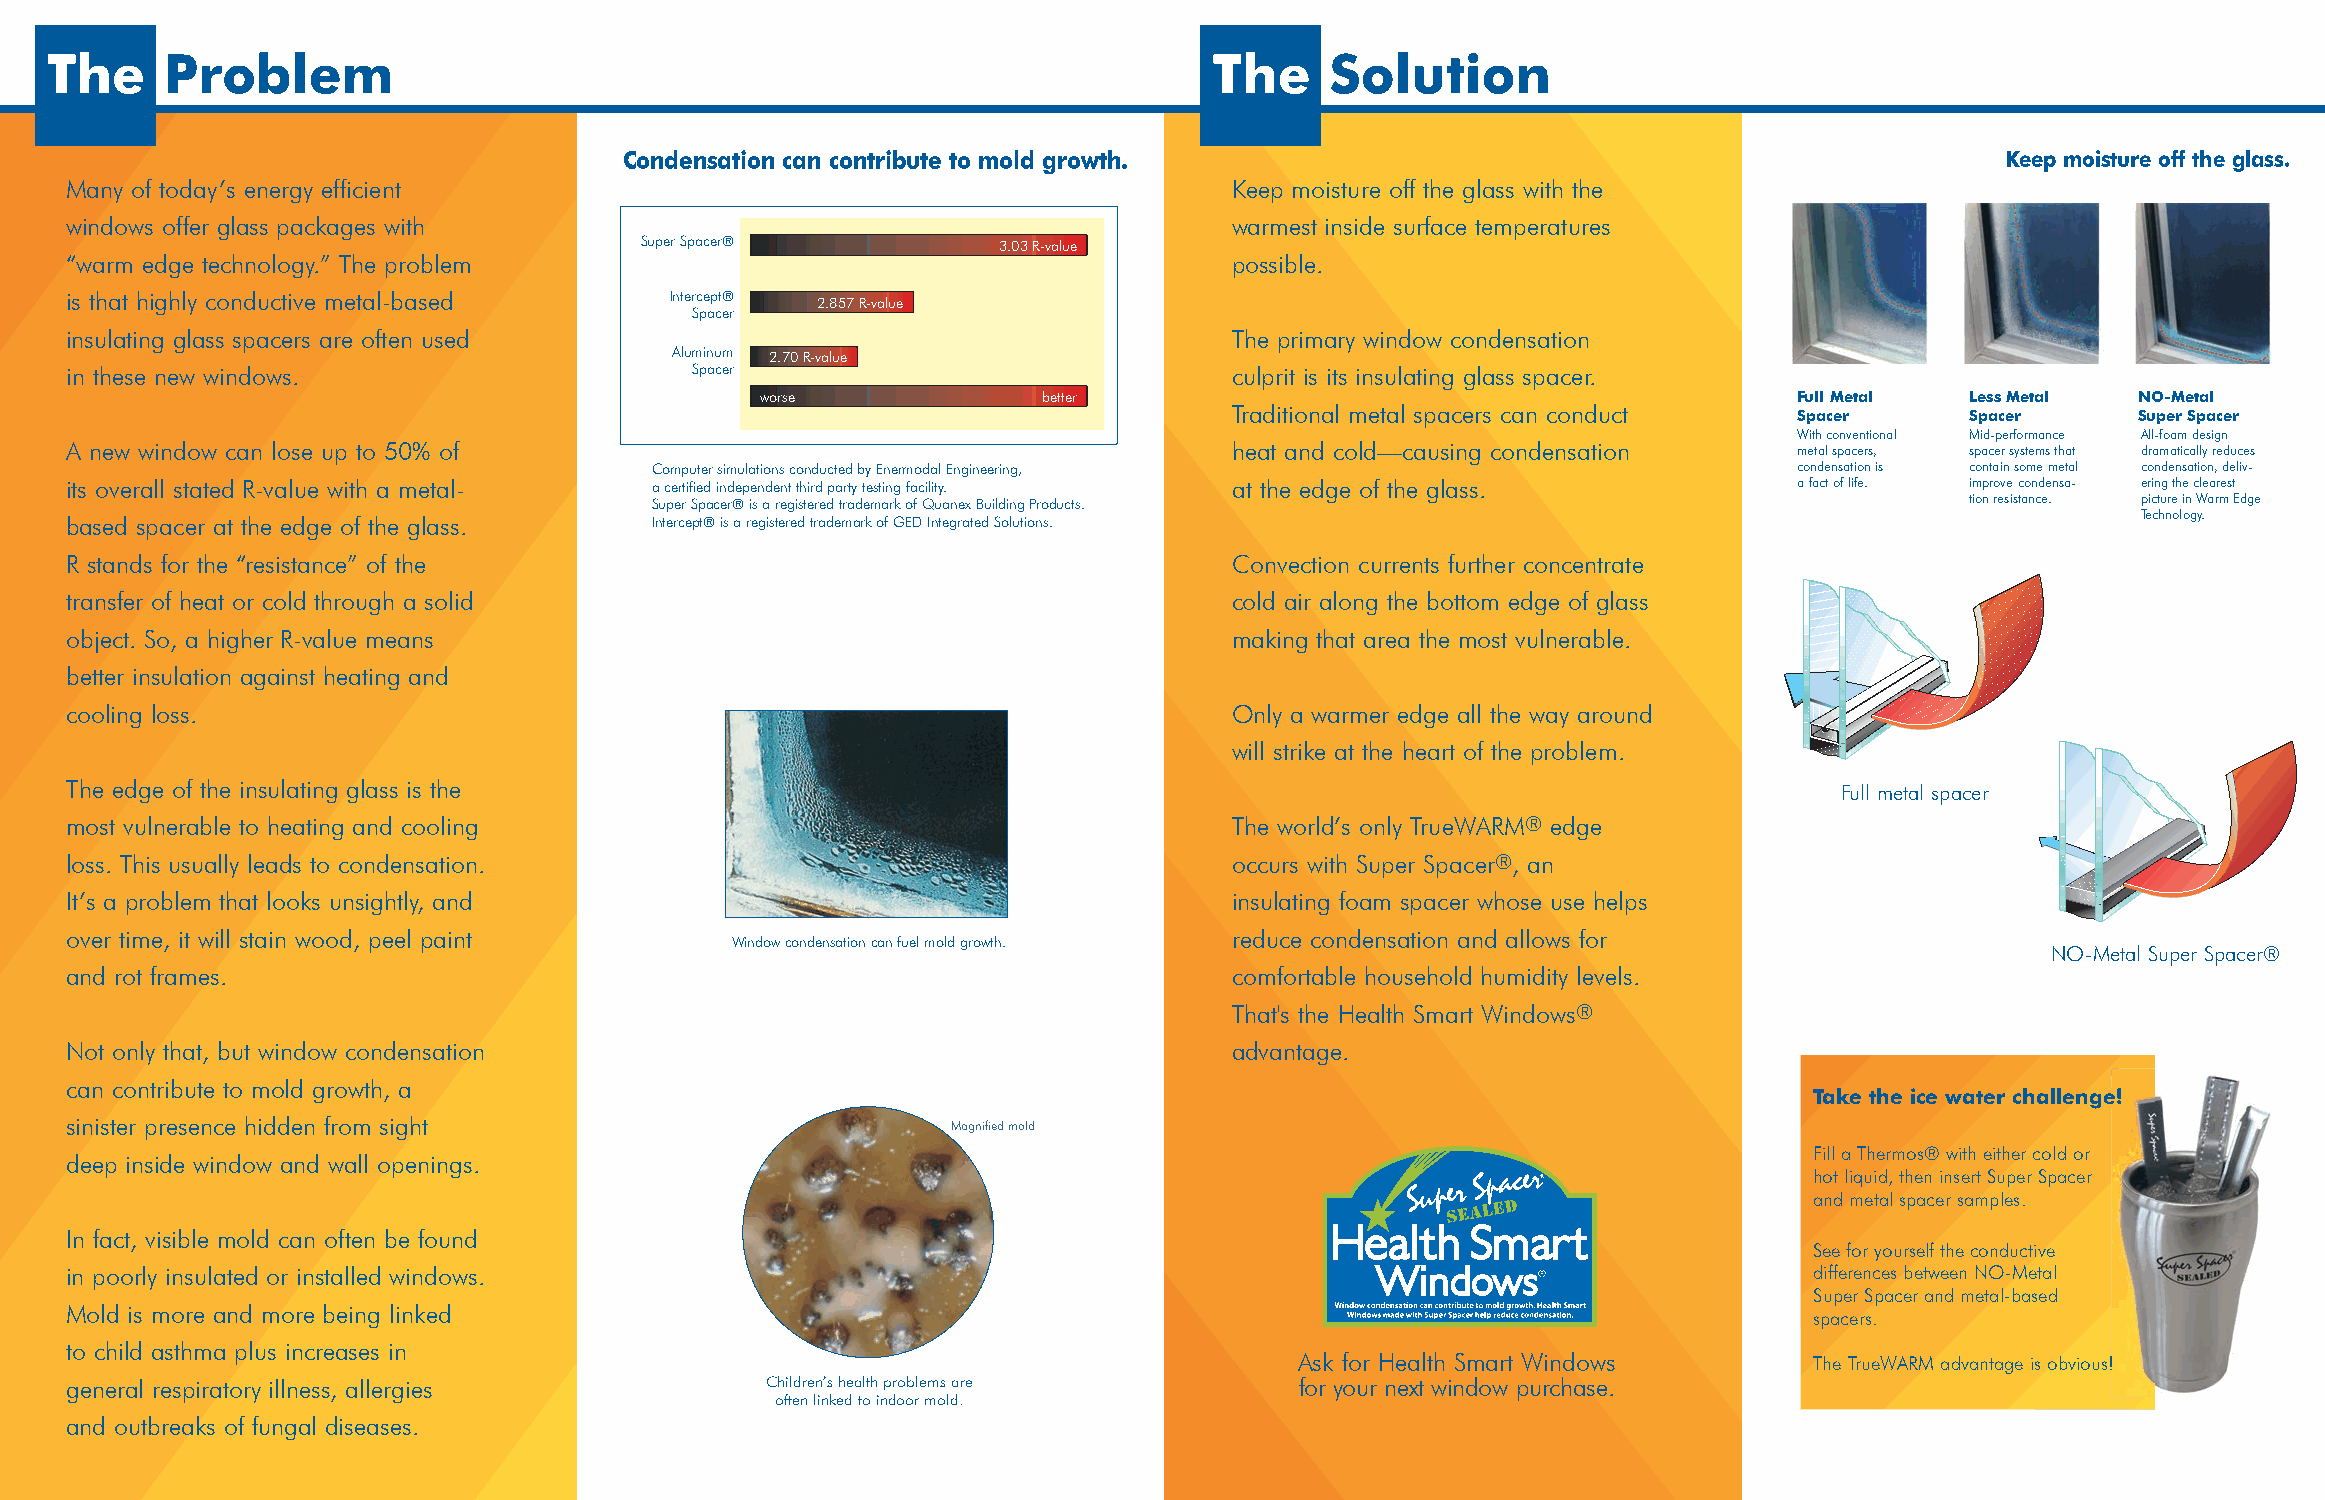
The     Problem                                                              The     Solution
 Condensation can contribute to mold growth.                                                 Keep moisture off the glass.
 Many of today’s energy efficient                                              Keep moisture off the glass with the
 windows offer glass packages with                                             warmest inside surface temperatures
 Super Spacer®           33.0.033 R R--vvaaluluee
 “warm edge technology.” The problem                                           possible.
 is that highly conductive metal-based   Intercept® 22..885577 RR--vvaalluuee
 Spacer
 insulating glass spacers are often used                                       The primary window condensation
 Aluminum 22..7700 RR--vvaalluuee
 in these new windows.                     Spacer                              culprit is its insulating glass spacer.
 worwseo rse       bettbeertter                                       Full Metal Less Metal  NO-Metal
 Traditional metal spacers can conduct Spacer    Spacer      Super Spacer
 With conventional Mid-performance All-foam design
 A new window can lose up to 50% of                                            heat and cold—causing condensation   metal spacers, spacer systems that dramatically reduces
 Computer simulations conducted by Enermodal Engineering,                    condensation is contain some metal condensation, deliv-
 its overall stated R-value with a metal- a certified independent third party testing facility. at the edge of the glass. a fact of life. improve condensa- ering the clearest
 Super Spacer® is a registered trademark of Quanex Building Products.                   tion resistance. picture in Warm Edge
 Technology.
 based spacer at the edge of the glass. Intercept® is a registered trademark of GED Integrated Solutions.
 R stands for the “resistance” of the                                          Convection currents further concentrate
 transfer of heat or cold through a solid                                      cold air along the bottom edge of glass
 object. So, a higher R-value means                                            making that area the most vulnerable.
 better insulation against heating and
 cooling loss.                                                                 Only a warmer edge all the way around
 will strike at the heart of the problem.
 The edge of the insulating glass is the                                                                               Full metal spacer
 most vulnerable to heating and cooling                                        The world’s only TrueWARM® edge
 loss. This usually leads to condensation.                                     occurs with Super Spacer®, an
 It’s a problem that looks unsightly, and                                      insulating foam spacer whose use helps
 over time, it will stain wood, peel paint                                     reduce condensation and allows for
 Window condensation can fuel mold growth.
 NO-Metal Super Spacer®
 and rot frames.                                                               comfortable household humidity levels.
 That's the Health Smart Windows®
 Not only that, but window condensation                                        advantage.
 can contribute to mold growth, a
 TTaakkee tthhee iiccee wwaatteerr cchhaalllleennggee!!
 sinister presence hidden from sight                        Magnified mold
 Fill a Thermos® with either cold or
 deep inside window and wall openings.
 hot liquid, then insert Super Spacer
 and metal spacer samples.
 In fact, visible mold can often be found
 See for yourself the conductive
 in poorly insulated or installed windows.                                                                           differences between NO-Metal
 Super Spacer and metal-based
 Mold is more and more being linked
 spacers.
 to child asthma plus increases in
 Ask for Health Smart Windows      TThhee TTrruueeWWAARRMM aaddvvaannttaaggee iiss oobbvviioouuss!!
 general respiratory illness, allergies         Children’s health problems are     for your next window purchase.
 often linked to indoor mold.
 and outbreaks of fungal diseases.